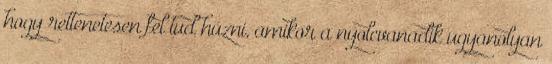
hogy rettenetesen fel tud húzni, amikor a nyolcvanadik ugyanolyan